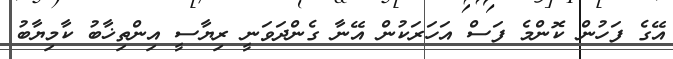
އޭގެ ފަހުން ކޮންމެ ފަސް އަހަރަކުން އޭނާ ގެންދަވަނީ ރިޔާސީ އިންތިޚާބު ކާމިޔާބު